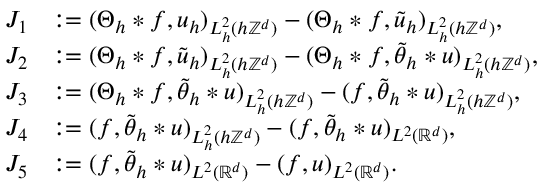
\begin{array} { r l } { J _ { 1 } } & { : = ( \Theta _ { h } * f , u _ { h } ) _ { L _ { h } ^ { 2 } ( h \mathbb { Z } ^ { d } ) } - ( \Theta _ { h } * f , \tilde { u } _ { h } ) _ { L _ { h } ^ { 2 } ( h \mathbb { Z } ^ { d } ) } , } \\ { J _ { 2 } } & { : = ( \Theta _ { h } * f , \tilde { u } _ { h } ) _ { L _ { h } ^ { 2 } ( h \mathbb { Z } ^ { d } ) } - ( \Theta _ { h } * f , \tilde { \theta } _ { h } * u ) _ { L _ { h } ^ { 2 } ( h \mathbb { Z } ^ { d } ) } , } \\ { J _ { 3 } } & { : = ( \Theta _ { h } * f , \tilde { \theta } _ { h } * u ) _ { L _ { h } ^ { 2 } ( h \mathbb { Z } ^ { d } ) } - ( f , \tilde { \theta } _ { h } * u ) _ { L _ { h } ^ { 2 } ( h \mathbb { Z } ^ { d } ) } , } \\ { J _ { 4 } } & { : = ( f , \tilde { \theta } _ { h } * u ) _ { L _ { h } ^ { 2 } ( h \mathbb { Z } ^ { d } ) } - ( f , \tilde { \theta } _ { h } * u ) _ { L ^ { 2 } ( \mathbb { R } ^ { d } ) } , } \\ { J _ { 5 } } & { : = ( f , \tilde { \theta } _ { h } * u ) _ { L ^ { 2 } ( \mathbb { R } ^ { d } ) } - ( f , u ) _ { L ^ { 2 } ( \mathbb { R } ^ { d } ) } . } \end{array}